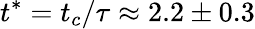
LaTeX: {t^{*}}={t_{c}}/\tau\approx 2.2\pm 0.3